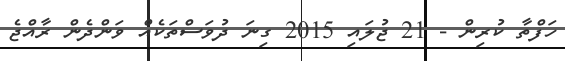
ހަފްތާ ކުރިން - 21 ޖުލައި 2015 ގިނަ ދުވަސްތަކެއް ވަންދެން ރާއްޖެ